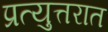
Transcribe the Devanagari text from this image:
प्रत्युत्तरात